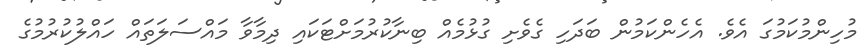
މުހިންމުކަމުގަ އެވެ. އެހެންކަމުން ބަދަހި ގެވެށި ގުޅުމެއް ބިނާކުރުމަށްޓަކައި ދިމާވާ މައްސަލަތައް ހައްލުކުރުމުގެ